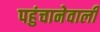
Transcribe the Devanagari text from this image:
पहुंचानेवाली